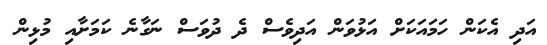
އަދި އެކަން ހަމައަކަށް އަޅުވަން އަދިވެސް ދެ ދުވަސް ނަގާނެ ކަމަށާއި މުޅިން